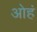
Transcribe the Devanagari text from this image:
ओहं